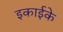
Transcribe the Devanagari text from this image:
इकाईके